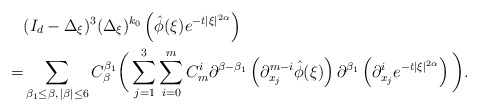
\begin{align*}&(I_d-\Delta_\xi)^3(\Delta_\xi)^{k_0}\left(\hat{\phi}(\xi)e^{-t|\xi|^{2\alpha}}\right)\\=&\sum_{\beta_1\leq\beta,\,|\beta|\leq6}C_{\beta}^{\beta_1}\bigg(\sum_{j=1}^3\sum_{i=0}^{m}C_{m}^{i}\partial^{\beta-\beta_1}\left(\partial_{x_j}^{m-i} \hat{\phi}(\xi)\right)\partial^{\beta_1}\left(\partial^{i}_{x_j}e^{-t|\xi|^{2\alpha}} \right)\bigg).\end{align*}